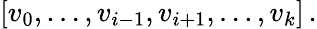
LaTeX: \begin{array}{r}{[v_{0},\dots,v_{i-1},v_{i+1},\dots,v_{k}]\, .}\end{array}